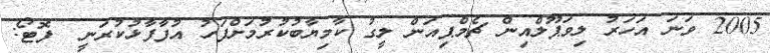
2005 ވަނަ އަހަރު ލިވަޕޫލްއިން ޗެމްޕިއަން ލީގު ކާމިޔާބުކުރުމަށްފަހު އުފާފާޅުކުރަނީ  ފޮޓޯ: